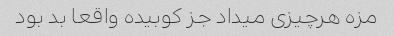
مزه هرچیزی میداد جز کوبیده واقعا بد بود